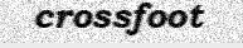
crossfoot